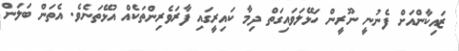
ޒައިކާންއަށް ފެނުނީ ނޫރީން ހަޅޭލަވައިގަތް ދިމާ ކައިރީގައި ފާރަވެރިންތަކެއް އުޅޭތަނެވެ. އެތަން ބަލަން